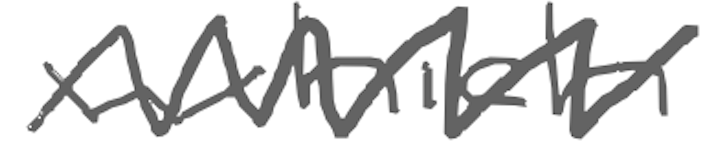
Text: which
Cross-out: zig-zag
Writing tool: digital_gray